Materia medica of Madras volume I
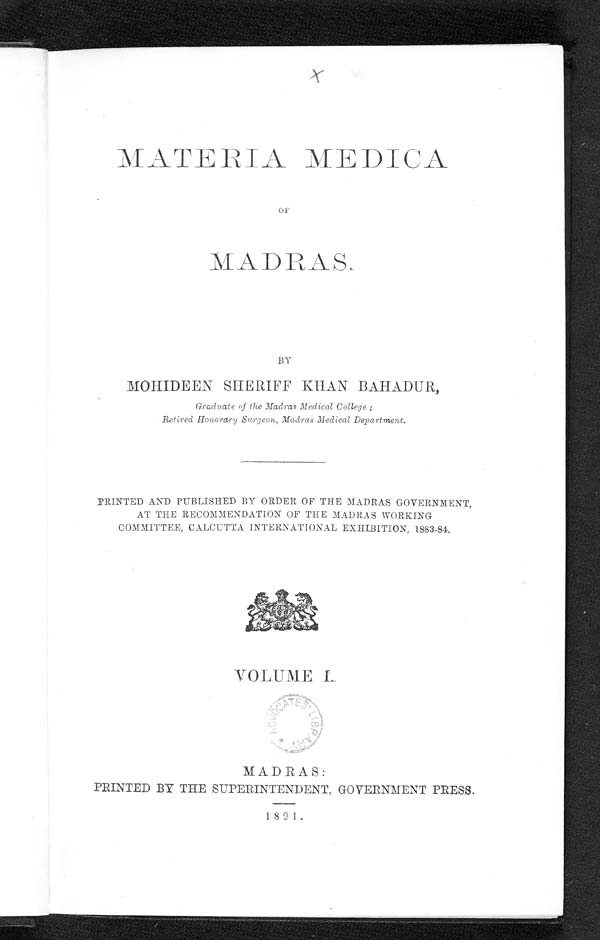
MATERIA MEDICA
OF
MADRAS.
BY
MOHIDEEN SHERIFF KHAN BAHADUR,
Graduate of the Madras Medical College ;
Retired Honorary Surgeon, Madras Medical Department.
PRINTED AND PUBLISHED BY ORDER OF THE MADRAS GOVERNMENT,
AT THE RECOMMENDATION OF THE MADRAS WORKING
COMMITTEE, CALCUTTA INTERNATIONAL EXHIBITION, 1883-84.
VOLUME I.
MADRAS:
PRINTED BY THE SUPERINTENDENT, GOVERNMENT PRESS.
189 1 .